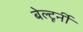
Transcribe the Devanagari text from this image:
बेल्टूर्नी